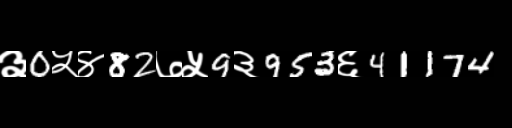
Text: ३0५४82७५9३953६41174